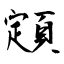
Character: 顁